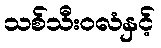
သစ်သီးဝလံနှင့်